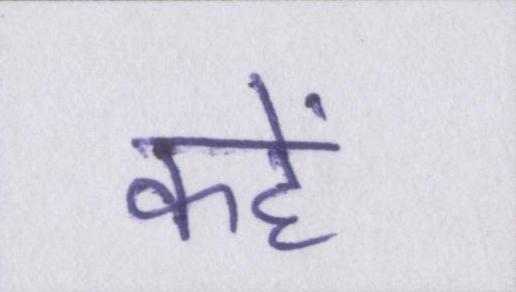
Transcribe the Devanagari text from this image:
कहें